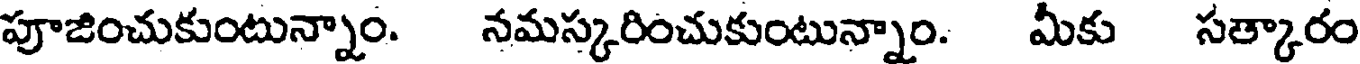
పూజించుకుంటున్నాం. నమస్కరించుకుంటున్నాం. మీకు సత్కారం